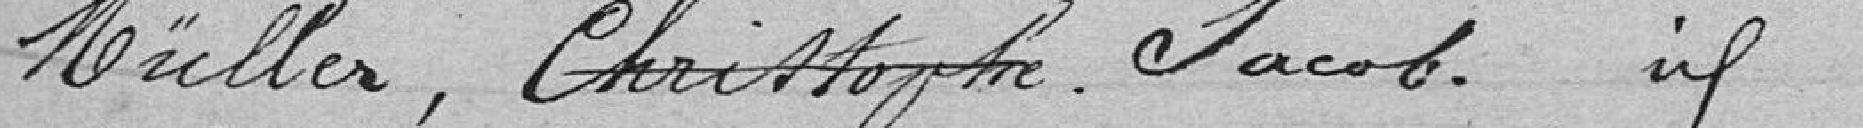
Müller, Christophe Jacob idem